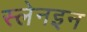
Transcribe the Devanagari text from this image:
स्लेनइन